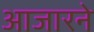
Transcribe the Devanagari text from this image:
आजारने